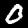
Digit: 0